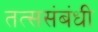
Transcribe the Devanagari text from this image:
तत्ससंबंधी